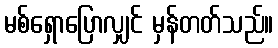
မစ်ရှောပြောလျှင် မှန်တတ်သည်။